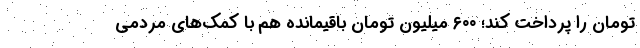
تومان را پرداخت کند؛ ۶۰۰ میلیون تومان باقیمانده هم با کمک‌های مردمی